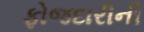
ફોજદારીની